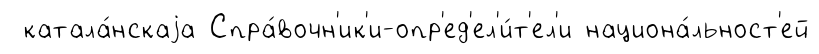
катала́нскаjа Спра́вочн'ик'и-опр'ед'ел'и́т'ел'и национа́льност'ей